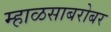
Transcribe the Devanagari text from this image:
म्हाळसाबरोबर